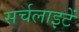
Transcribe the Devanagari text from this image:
सर्चलाइटें